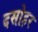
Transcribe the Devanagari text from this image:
दसोहर